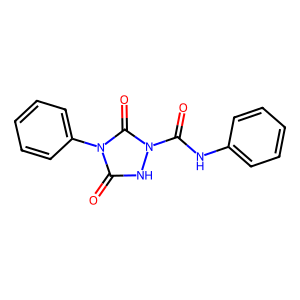
SMILES: O=C(Nc1ccccc1)n1[nH]c(=O)n(-c2ccccc2)c1=O
Inhibits HIV replication: No